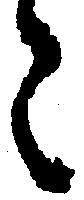
々